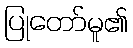
ပြုတော်မူ၏